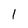
Character: 1